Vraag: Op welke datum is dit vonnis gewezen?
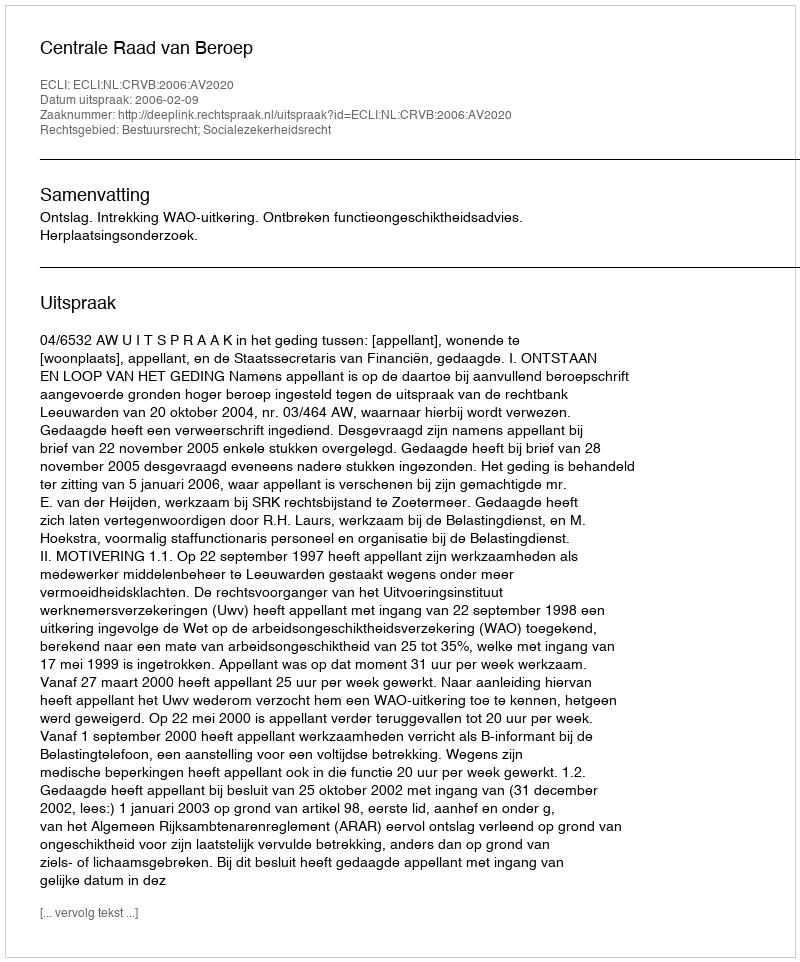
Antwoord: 2006-02-09